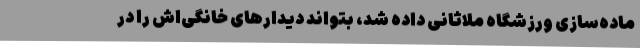
ماده‌سازی ورزشگاه ملاثانی داده شد، بتواند دیدارهای خانگی‌اش را در